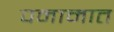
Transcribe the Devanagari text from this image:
पनामात